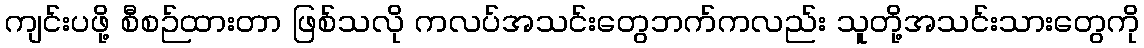
ကျင်းပဖို့ စီစဉ်ထားတာ ဖြစ်သလို ကလပ်အသင်းတွေဘက်ကလည်း သူတို့အသင်းသားတွေကို